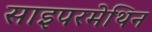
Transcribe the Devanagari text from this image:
साइपरमेथिन